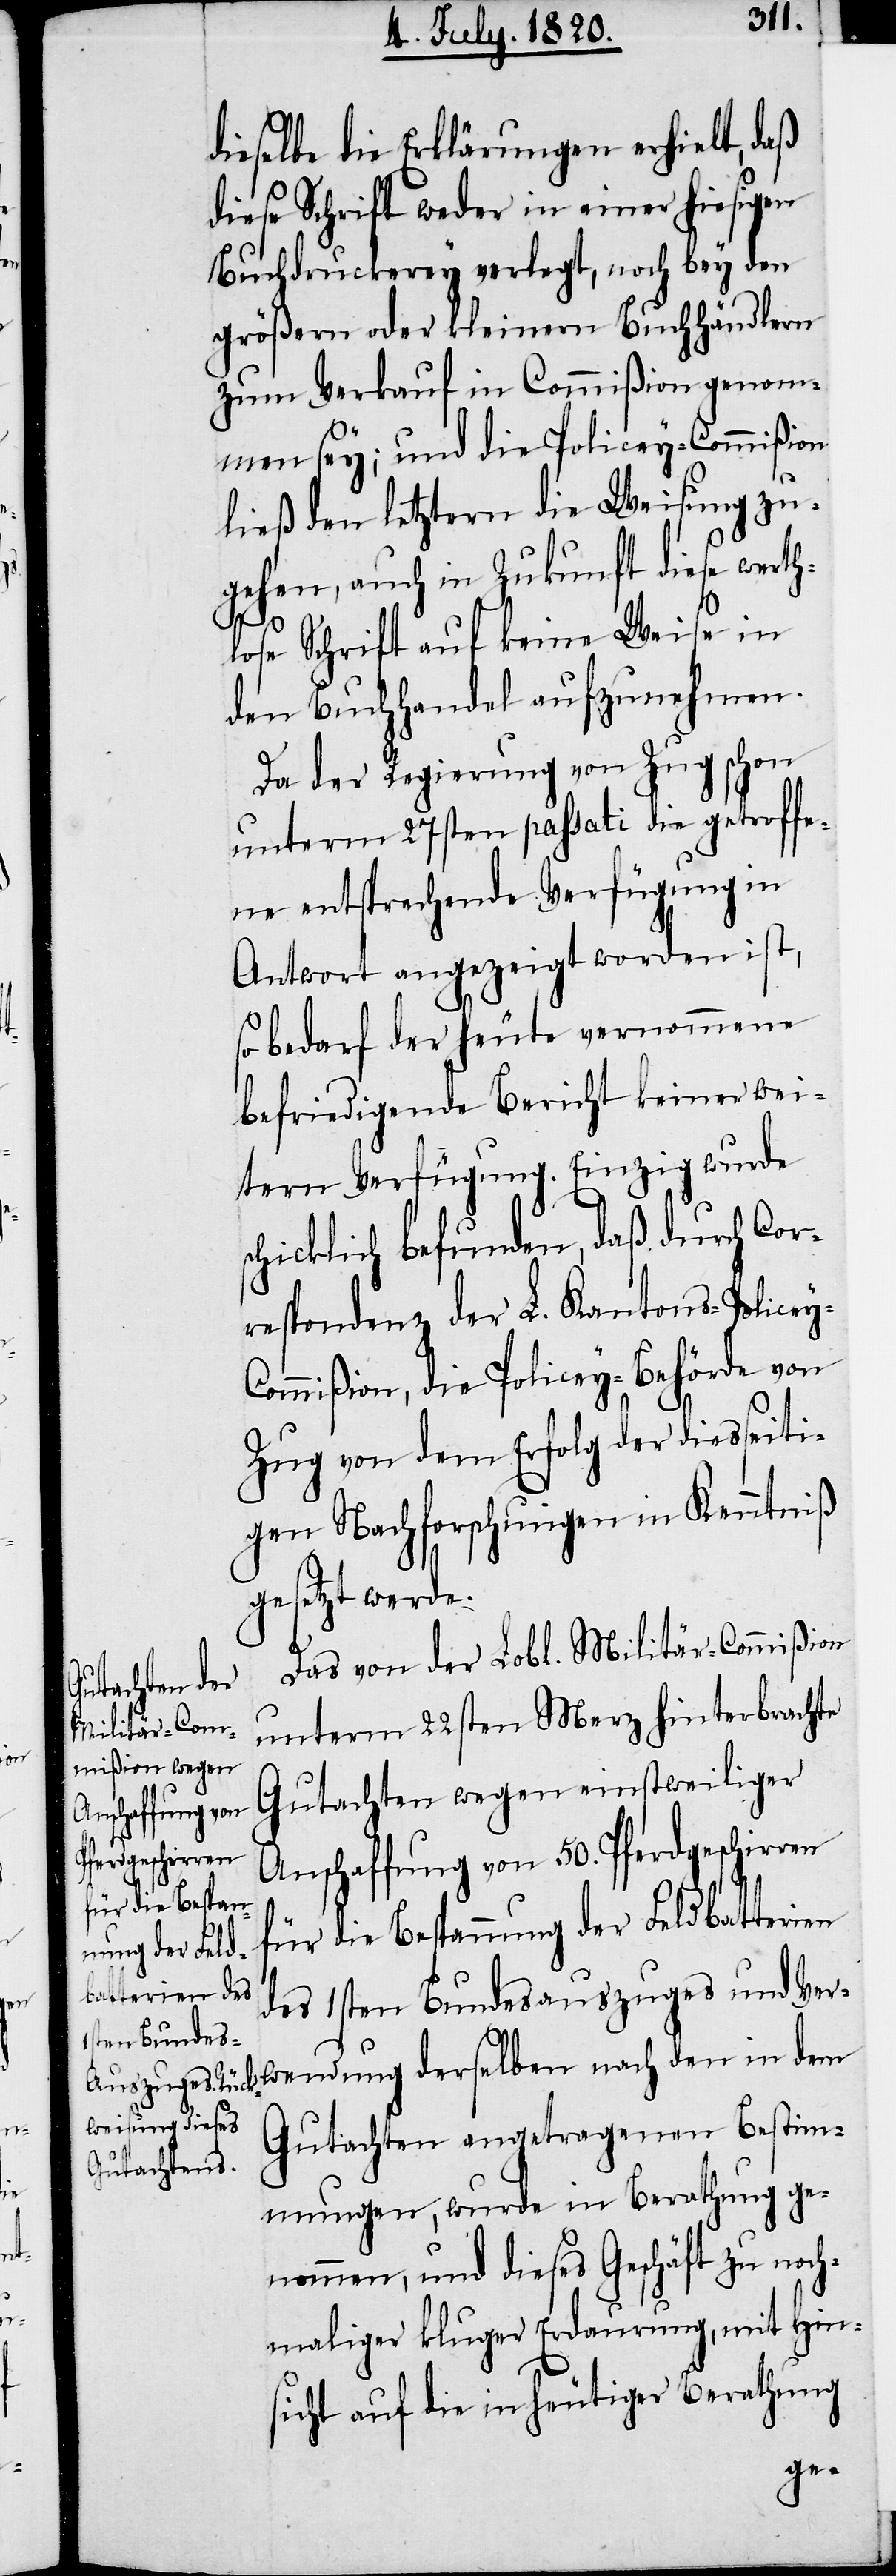
y-C¬

dieselbe die Erklärungen erhielt, daß
diese Schrift weder in einer hiesigen
Buchdruckerey verlegt, noch bey den
größern oder kleinern Buchhändlern
zum Verkauf in Commißion genom¬
men sey; und die Policey-Commißion
ließ den letztern die Weisung zu¬
gehen, auch in Zukunft diese werth¬
lose Schrift auf keine Weise in
den Buchhandel aufzunehmen.
Da der Regierung von Zug schon
unterm 27sten passati die getroffe¬
ne entsprechende Verfügung in
Antwort angezeigt worden ist,
so bedarf der heute vernommene
befriedigende Bericht keiner wei¬
tern Verfügung. Einzig wurde
schicklich befunden, daß durch Cor¬
respondenz der L. Kantons-Police¬
ommißion, die Policey-Behörde von
Zug von dem Erfolg der diesseiti¬
gen Nachforschungen in Kenntniß
gesetzt werde.
Das von der Lobl. Militär-Commißion
unterm 22sten Merz hinterbrachte
Gutachten wegen einstweiliger
Anschaffung von 50. Pferdgeschirren
für die Bespan¬
nung der Feld¬
batterien des
1sten Bundes¬
auszuges und Verwendung derselben nach den in dem
Gutachten angetragenen Bestim¬
mungen, wurde in Berathung ge¬
nommen, und dieses Geschäft zu noch¬
maliger kluger Erdaurung, mit Hin¬
sicht auf die in heutiger Berathung